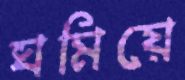
ঘমিয়ে